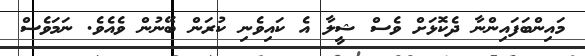
މައިންބަފައިންނާ ދެކޮޅަށް ވެސް ޝީލާ އެ ކައިވެނި ކުރަން ބޭނުން ވެއެވެ. ނަމަވެސް